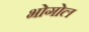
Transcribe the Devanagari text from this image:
भोगोल